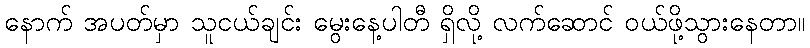
နောက် အပတ်မှာ သူငယ်ချင်း မွေးနေ့ပါတီ ရှိလို့ လက်ဆောင် ဝယ်ဖို့သွားနေတာ။